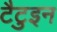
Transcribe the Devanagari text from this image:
टैटुइन